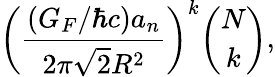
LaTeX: \left(\frac{(G_{F}/\hbar c)a_{n}}{2\pi\sqrt{2}R^{2}}\right)^{k}{\binom{N}{k}},